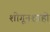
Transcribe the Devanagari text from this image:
शोगूनशाही